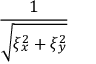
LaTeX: \frac { 1 } { \sqrt { \xi _ { x } ^ { 2 } + \xi _ { y } ^ { 2 } } }